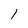
Character: l